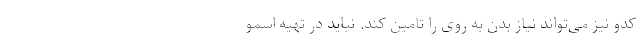
کدو نیز می‌تواند نیاز بدن به روی را تامین کند. نباید در تهیه اسمو